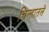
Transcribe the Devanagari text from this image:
चिन्हातले